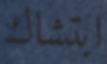
ابتشاك